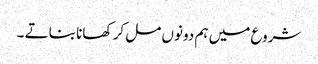
شروع میں ہم دونوں مل کر کھانا بناتے ۔